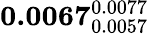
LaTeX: \mathbf{0.0067}_{0.0057}^{0.0077}